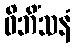
ဝိဘိံသနံ